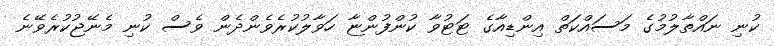
ކުނި ނައްތާލުމުގެ މަސައްކަތް އިންޑިއާގެ ޓަޓުވާ ކުންފުންޏާ ހަވާލުކުރެވެންދެން ވެސް ކުނި މެނޭޖުކުރެވޭނެ